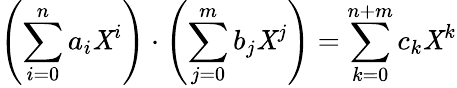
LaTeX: \left(\sum_{i=0}^{n}a_{i}\mathit{X}^{i}\right)\cdot\left(\sum_{j=0}^{m}b_{j}\mathit{X}^{j}\right)=\sum_{k=0}^{n+m}c_{k}\mathit{X}^{k}